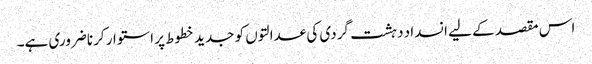
اس مقصد کے لیے انسداد دہشت گردی کی عدالتوں کو جدید خطوط پر استوار کرنا ضروری ہے۔